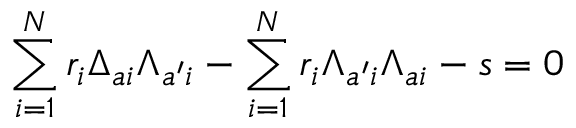
\sum _ { i = 1 } ^ { N } r _ { i } \Delta _ { a i } \Lambda _ { a ^ { \prime } i } - \sum _ { i = 1 } ^ { N } r _ { i } \Lambda _ { a ^ { \prime } i } \Lambda _ { a i } - s = 0